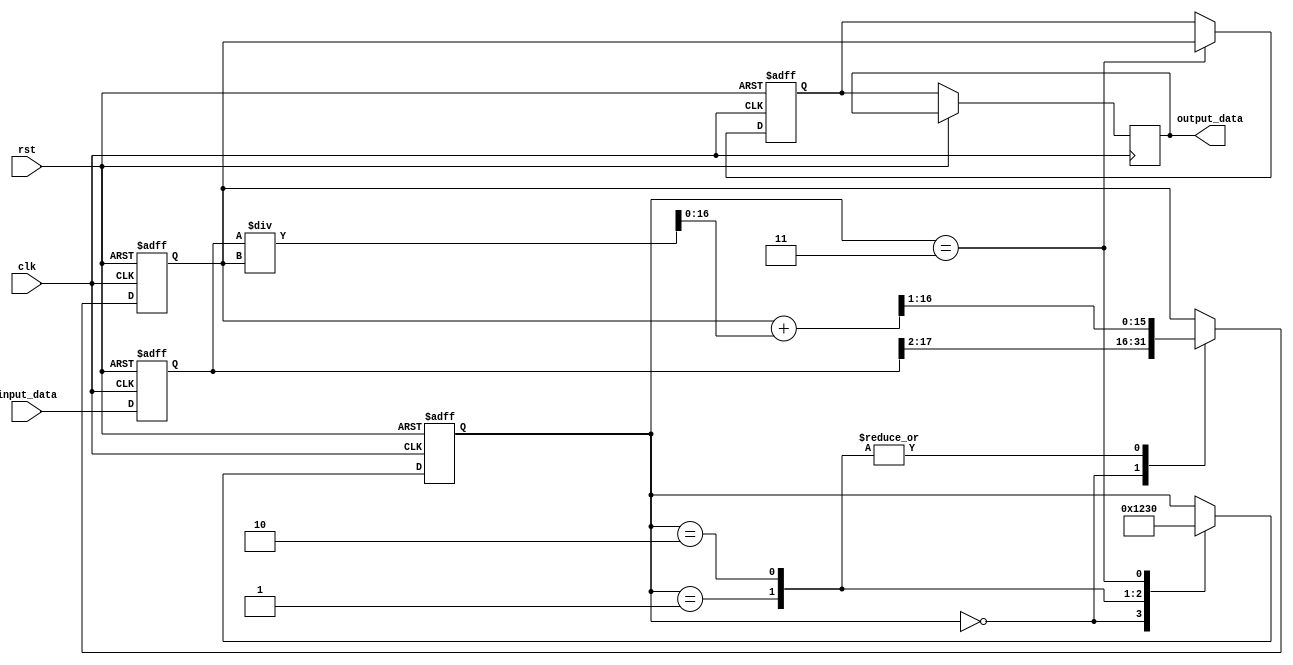
module sqrt_block (
    input clk, // Clock signal
    input rst, // Reset signal
    input signed [31:0] input_data, // Input fixed-point number
    output reg signed [15:0] output_data // Output square root value
);

// Input Register
reg signed [31:0] input_reg;

// Square Root Calculation Block
reg signed [15:0] intermediate_result;
reg signed [15:0] square_root;
reg [3:0] state;

// Control Logic
always @ (posedge clk or posedge rst) begin
    if (rst) begin
        input_reg <= 0;
        intermediate_result <= 0;
        square_root <= 0;
        state <= 0;
    end else begin
        input_reg <= input_data;
        
        case (state)
            0: begin // Start square root calculation
                intermediate_result <= input_reg >> 2;
                state <= 1;
            end
            1: begin // Newton's method iteration 1
                intermediate_result <= (intermediate_result + (input_reg / intermediate_result)) >> 1;
                state <= 2;
            end
            2: begin // Newton's method iteration 2
                intermediate_result <= (intermediate_result + (input_reg / intermediate_result)) >> 1;
                state <= 3;
            end
            3: begin // Output square root
                square_root <= intermediate_result;
                state <= 0;
            end
        endcase
        
        output_data <= square_root;
    end
end

endmodule